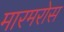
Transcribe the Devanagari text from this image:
मारमरोस